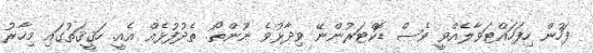
ފަހުން ހިފަހައްޓަވާލެއްވީ ވެސް ޑޮކްޓަރުންނޭ ވިދާޅުވެ ނޫންތޯ. ތެދުފުޅެއް އެއީ. ހަޤީޤަތުގައި މިހާރު